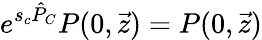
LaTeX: e^{s_{c}\hat{P}_{C}}P(0,\vec{z})=P(0,\vec{z})